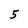
Character: 5